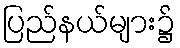
ပြည်နယ်များ၌